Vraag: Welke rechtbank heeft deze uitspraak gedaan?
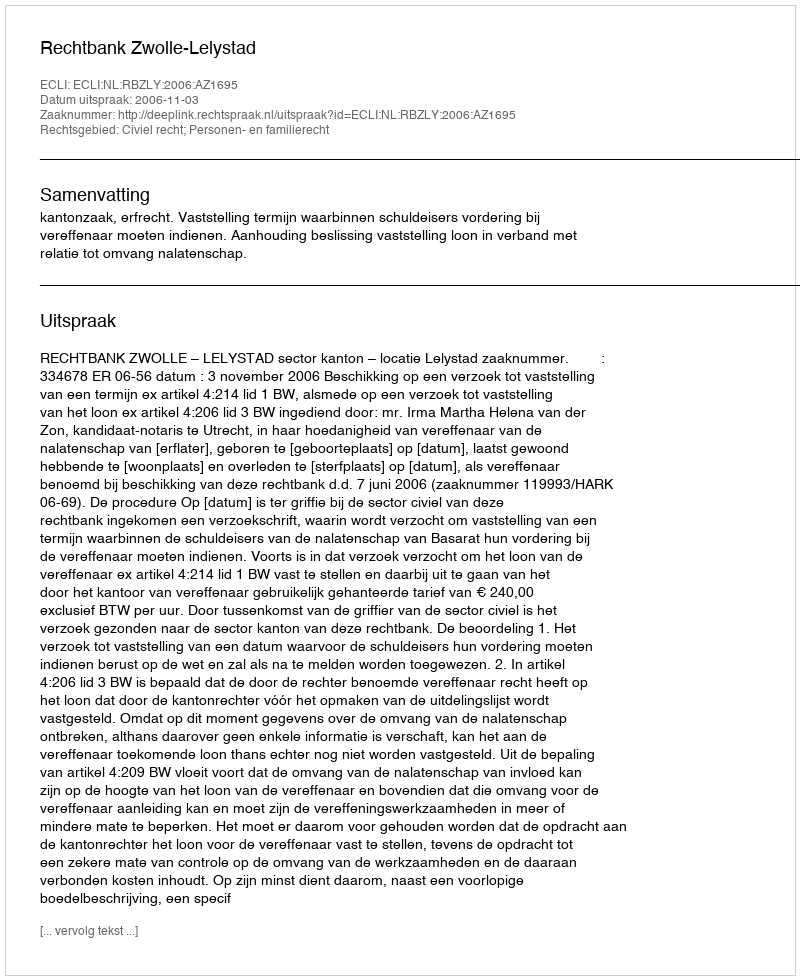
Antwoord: Rechtbank Zwolle-Lelystad